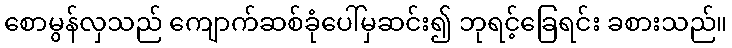
စောမွန်လှသည် ကျောက်ဆစ်ခုံပေါ်မှဆင်း၍ ဘုရင့်ခြေရင်း ခစားသည်။